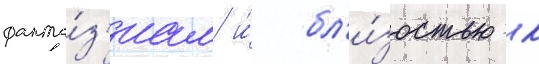
фанта́з'иам и́ бл'и́зостью к